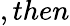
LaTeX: ,then